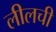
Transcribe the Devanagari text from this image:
लीलची